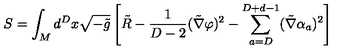
S = \int _ { M } d ^ { D } x \sqrt { - \tilde { g } } \left[ \tilde { R } - { \frac { 1 } { D - 2 } } ( \tilde { \nabla } \varphi ) ^ { 2 } - \sum _ { a = D } ^ { D + d - 1 } ( \tilde { \nabla } \alpha _ { a } ) ^ { 2 } \right]